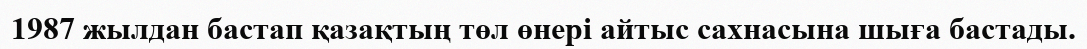
1987 жылдан бастап қазақтың төл өнері айтыс сахнасына шыға бастады.